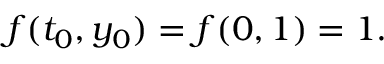
f ( t _ { 0 } , y _ { 0 } ) = f ( 0 , 1 ) = 1 . \qquad \qquad